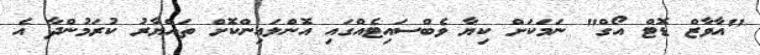
"އާވާޒް ޑޮޓް އޯގް" ނަމަކަށް ކިޔާ ވެބްސައިޓެއްގައި އޮންލައިންކޮށް ތައްޔާރު ކުރަމުންދާ އެ